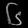
Digit: ၆